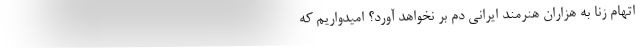
اتهام زنا به هزاران هنرمند ایرانی دم بر نخواهد آورد؟ امیدواریم که